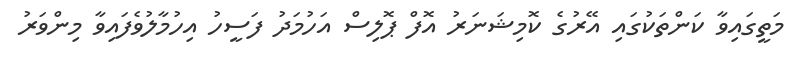
މަތީގައިވާ ކަންތަކުގައި އޭރުގެ ކޮމިޝަނަރު އޮފް ޕޮލިސް އަހުމަދު ފަސީހު އިހުމާލުވެފައިވާ މިންވަރު